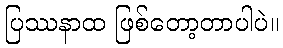
ပြဿနာထ ဖြစ်တော့တာပါပဲ။